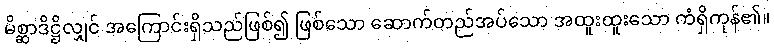
မိစ္ဆာဒိဋ္ဌိလျှင် အကြောင်းရှိသည်ဖြစ်၍ ဖြစ်သော ဆောက်တည်အပ်သော အထူးထူးသော ကံရှိကုန်၏။